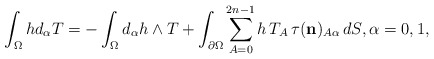
\begin{align*}\int_\Omega hd_\alpha T=-\int_\Omega d_\alpha h\wedge T+\int_{\partial\Omega}\sum_{A=0}^{2n-1}h\,T_A\, \tau( \mathbf{{n}})_{A\alpha}\,dS,\alpha=0,1,\end{align*}